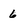
Character: 6